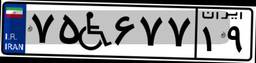
۷۵W۶۷۷۱۹